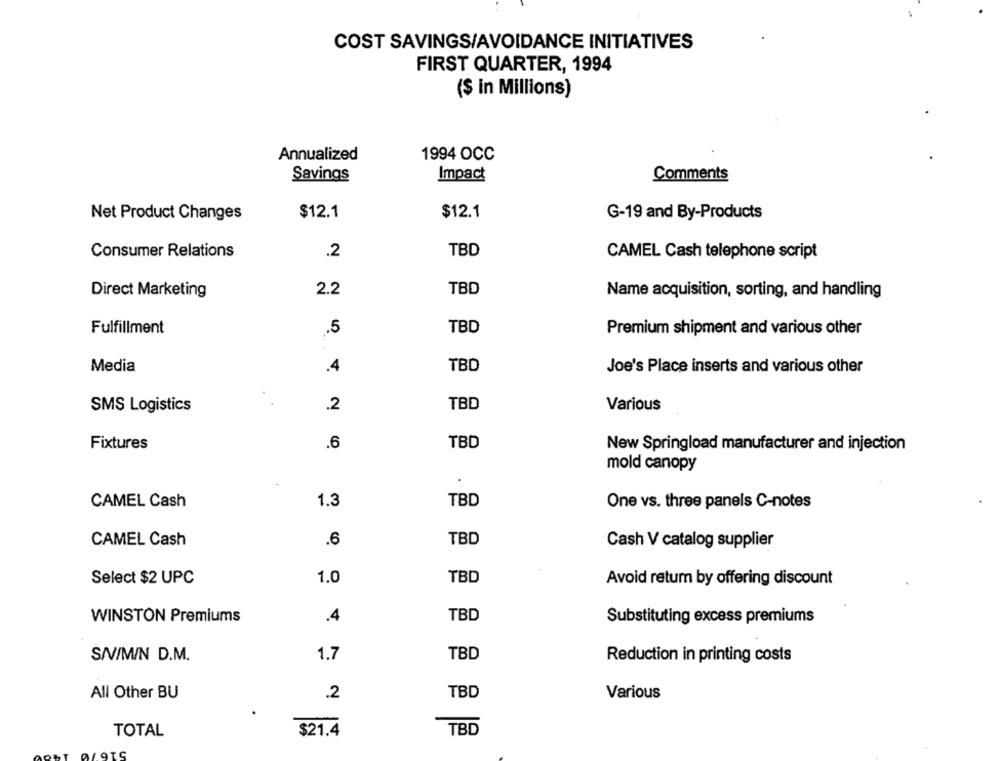
COST SAVINGS/AVOIDANCE INITIATIVES
FIRST QUARTER, 1994
($ in Millions)
Annualized
1994 OCC
Savings
Impact
Comments
$12.1
$12.1
Net Product Changes
G-19 and By-Products
.2
TBD
Consumer Relations
CAMEL Cash telephone script
TBD
Direct Marketing
2.2
Name acquisition, sorting, and handling
Fulfillment
.5
TBD
Premium shipment and various other
Media
.4
TBD
Joe's Place inserts and various other
SMS Logistics
.2
TBD
Various
Fixtures
6
TBD
New Springload manufacturer and injection
mold canopy
CAMEL Cash
1.3
TBD
One vs. three panels C-notes
TBD
CAMEL Cash
.6
Cash V catalog supplier
1.0
TBD
Select $2 UPC
Avoid retum by offering discount
TBD
WINSTON Premiums
.4
Substituting excess premiums
S/V/M/N D.M.
1.7
TBD
Reduction in printing costs
All Other BU
.2
TBD
Various
TBD
TOTAL
$21.4
IS